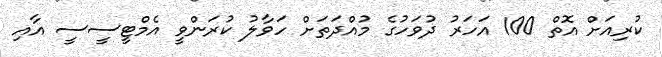
ކުރިއަށް އޮތް 100 އަހަރު ދުވަހުގެ މުއްދަތަށް ހަވާލު ކުރަންވީ އެމްޓީސީސީ އާއި